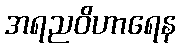
အရညဝိဟာရေန